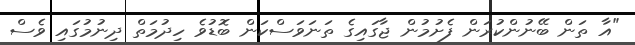
"އާ ތަން ބޭނުންކުރަން ފެށުމުން ޖާގައިގެ ތަނަވަސްކަން ބޮޑުވެ ހިދުމަތް ދިނުމުގައި ވެސް